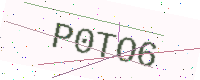
Text: P0TO6